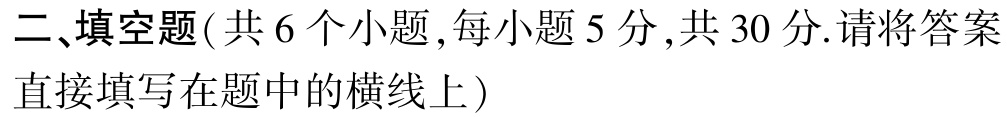
二、填空题(共6个小题,每小题5分,共30分.请将答案直接填写在题中的横线上)